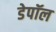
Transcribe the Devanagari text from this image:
डेपॉल